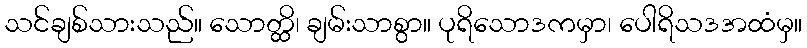
သင်ချစ်သားသည်။ သောတ္ထိ၊ ချမ်းသာစွာ။ ပုရိသောဒကမှာ၊ ပေါရိသဒအထံမှ။